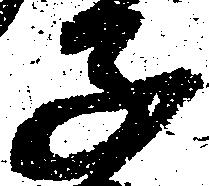
子